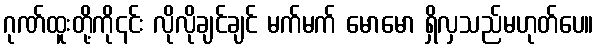
ဂုဏ်ထူးတို့ကို၎င်း လိုလိုချင်ချင် မက်မက် မောမော ရှိလှသည်မဟုတ်ပေ။